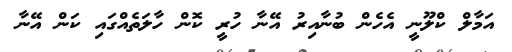
އަމާލް ކްލޫނީ އެހެން ބުނާއިރު އޭނާ ހުރީ ކޮން ހާލަތެއްގައި ކަން އޭނާ